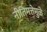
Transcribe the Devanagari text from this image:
नीतिमत्तेमुळे